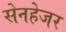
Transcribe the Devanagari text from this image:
सेनहेजर